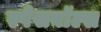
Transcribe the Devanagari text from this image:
स्पेसबॉल्स